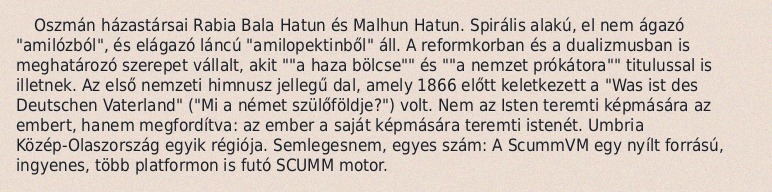
Oszmán házastársai Rabia Bala Hatun és Malhun Hatun. Spirális alakú, el nem ágazó "amilózból", és elágazó láncú "amilopektinből" áll. A reformkorban és a dualizmusban is meghatározó szerepet vállalt, akit ""a haza bölcse"" és ""a nemzet prókátora"" titulussal is illetnek. Az első nemzeti himnusz jellegű dal, amely 1866 előtt keletkezett a "Was ist des Deutschen Vaterland" ("Mi a német szülőföldje?") volt. Nem az Isten teremti képmására az embert, hanem megfordítva: az ember a saját képmására teremti istenét. Umbria Közép-Olaszország egyik régiója. Semlegesnem, egyes szám: A ScummVM egy nyílt forrású, ingyenes, több platformon is futó SCUMM motor.